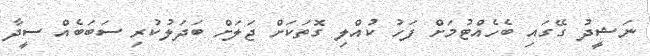
ނަޝީދު ގޭގައި ބެހެއްޓުމަށް ފަހު ކުއްލި ގޮތަކަށް ޖަލަށް ބަދަލުކުރި ސަބަބެއް ސީދާ